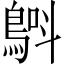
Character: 𲍢